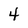
Character: 4